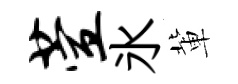
萱氷軰